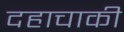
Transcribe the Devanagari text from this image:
दहाचाकी